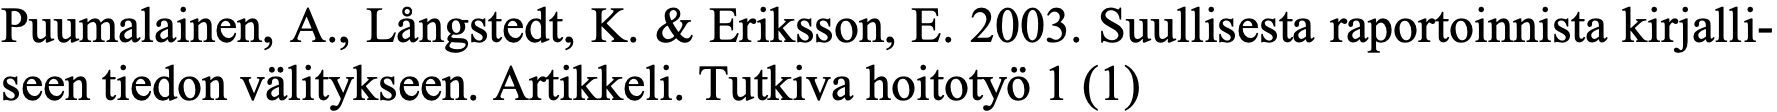
Puumalainen, A., Långstedt, K. & Eriksson, E. 2003. Suullisesta raportoinnista kirjalli- seen tiedon välitykseen. Artikkeli. Tutkiva hoitotyö 1 (1)